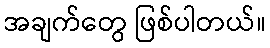
အချက်တွေ ဖြစ်ပါတယ်။